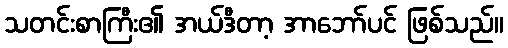
သတင်းစာကြီး၏ အယ်ဒီတာ့ အာဘော်ပင် ဖြစ်သည်။